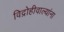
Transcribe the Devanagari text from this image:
विद्रोहीवाल्यांना